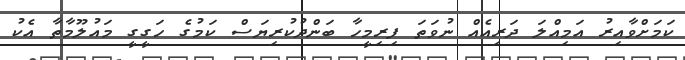
ކަމަށްވާއިރު އަމިއްލަ ދަރިއެއް ނުވަތަ ފިރިމީހާ ބަންދުކުރިޔަސް ކަމުގެ ހަގީގީ މައުލޫމާތާ އެކު